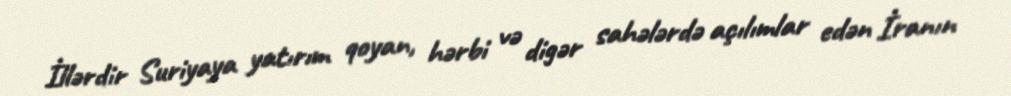
İllərdir Suriyaya yatırım qoyan, hərbi və digər sahələrdə açılımlar edən İranın